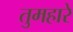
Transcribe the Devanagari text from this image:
तुमहारे